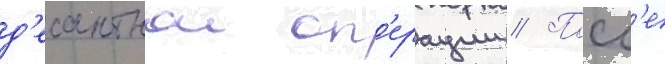
д'есантнои оп'ерации // Посл'е